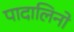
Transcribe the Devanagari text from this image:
पादालिनो